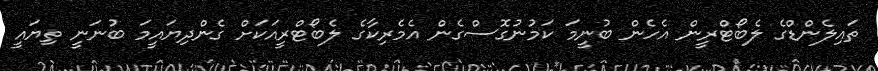
ތައިލެންޑްގެ ލެބޯޓްރީން އެހެން ބުނީމަ ކަމުނުގޮސްގެން އެމެރިކާގެ ލެބޯޓްރީއަކަށް ގެންދިޔައީމަ ބުނަނީ ތިޔައީ